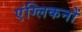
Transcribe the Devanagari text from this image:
एंग्लिकनों